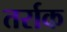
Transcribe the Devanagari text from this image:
तर्राक